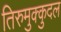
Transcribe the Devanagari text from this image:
तिरुमुक्कुदल